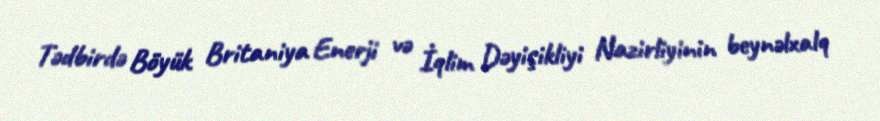
Tədbirdə Böyük Britaniya Enerji və İqlim Dəyişikliyi Nazirliyinin beynəlxalq